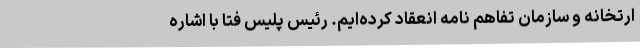
ارتخانه و سازمان تفاهم نامه انعقاد کرده‌ایم. رئیس پلیس فتا با اشاره